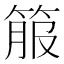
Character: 箙